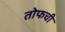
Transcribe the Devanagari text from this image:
तोफची